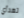
تهدأي